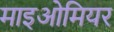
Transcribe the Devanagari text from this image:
माइओमियर